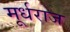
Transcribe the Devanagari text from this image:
मूर्धराज